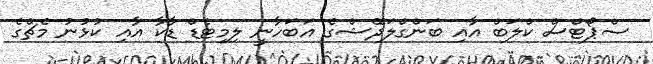
ސްޕޯޓްސް ކްލަބް އާއި ބަންގްލަދޭޭޝްގެ އަބަހާނީ ލިމިޓެޑް ޑާކާ އާއި ކުޅުނު މެެޗްގެެ